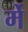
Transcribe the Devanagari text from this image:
र्मे